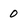
Character: 0